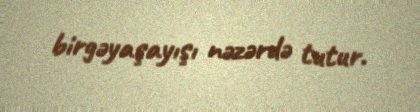
birgəyaşayışı nəzərdə tutur.